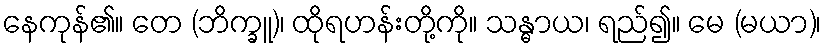
နေကုန်၏။ တေ (ဘိက္ခူ)၊ ထိုရဟန်းတို့ကို။ သန္ဓာယ၊ ရည်၍။ မေ (မယာ)၊